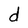
Character: d